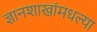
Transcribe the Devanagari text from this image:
ज्ञानशाखांमधल्या